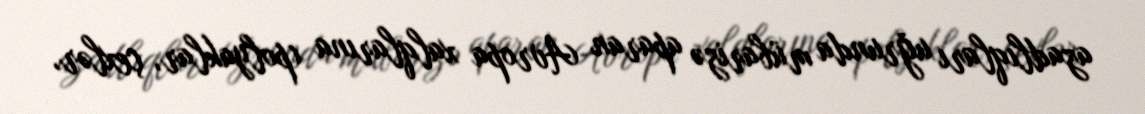
azadlıqları uğrunda mübarizə aparan Avropa xalqlarına (polyaklar, çexlər,